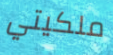
ملكيتي